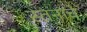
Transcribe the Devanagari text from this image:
स्तनाचे